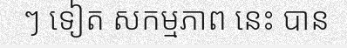
ៗ ទៀត សកម្មភាព នេះ បាន